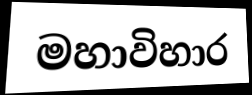
මහාවිහාර